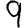
Digit: 9